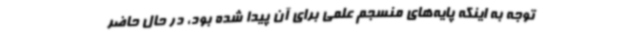
توجه به اینکه پایه‌های منسجم علمی برای آن پیدا شده بود، در حال حاضر